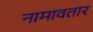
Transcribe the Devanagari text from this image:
नामावतार